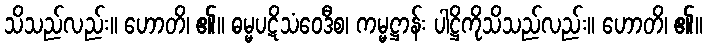
သိသည်လည်း။ ဟောတိ၊ ၏။ ဓမ္မပဋိသံဝေဒီစ၊ ကမ္မဋ္ဌာန်း ပါဋ္ဌိကိုသိသည်လည်း။ ဟောတိ၊ ၏။